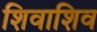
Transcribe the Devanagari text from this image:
शिवाशिव